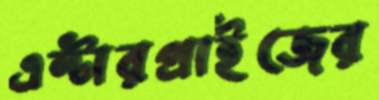
এন্টারপ্রাইজের